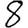
Digit: 8